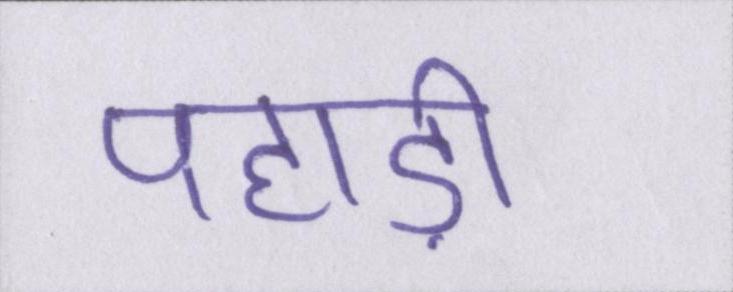
पहाड़ी